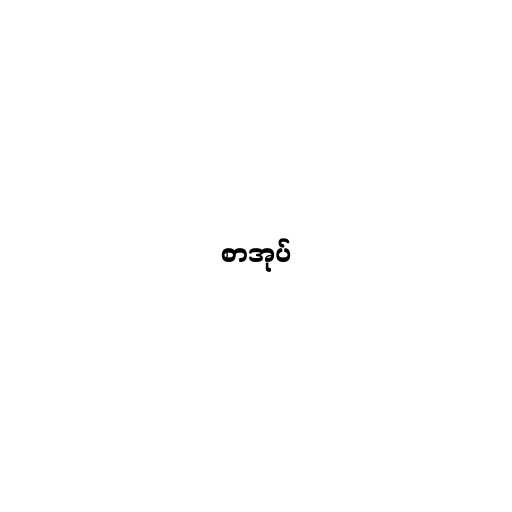
စာအုပ်